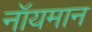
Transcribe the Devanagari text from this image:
नॉयमान